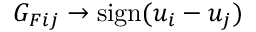
G _ { F i j } \rightarrow \mathrm { s i g n } ( u _ { i } - u _ { j } )